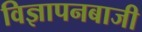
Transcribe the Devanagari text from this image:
विज्ञापनबाजी